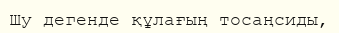
Шу дегенде құлағың тосаңсиды,